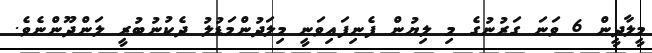
މީލާދީން 6 ވަނަ ގަރުނުގެ މި ލިޔުން ފެނިފައިވަނީ މިލަދުންމަޑުލު ދެކުނުބުރީ ލަންދޫންނެވެ.